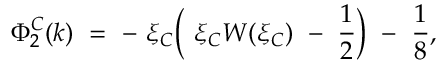
\Phi _ { 2 } ^ { C } ( k ) ~ = ~ - ~ \xi _ { C } \Bigl ( ~ \xi _ { C } W ( \xi _ { C } ) ~ - ~ \frac { 1 } { 2 } \Bigr ) ~ - ~ \frac { 1 } { 8 } ,